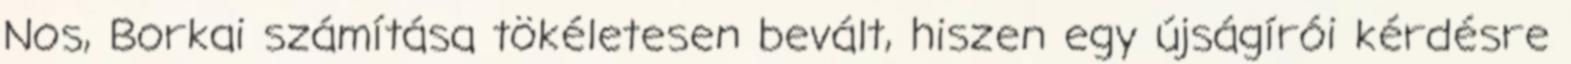
Nos, Borkai számítása tökéletesen bevált, hiszen egy újságírói kérdésre